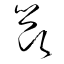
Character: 節